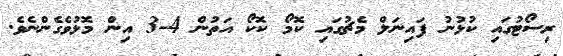
ރިސޯޓުގައި ކުޅުނު ފައިނަލް މެޗުގައި ކޮމޯ ކޮކޯ އަތުން 4-3 އިން މޮޅުވެގެންނެވެ.